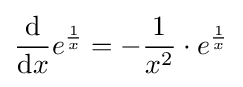
{\frac {\textrm {d}}{{\textrm {d}}x}}e^{\frac {1}{x}}=-{\frac {1}{x^{2}}}\cdot e^{\frac {1}{x}}